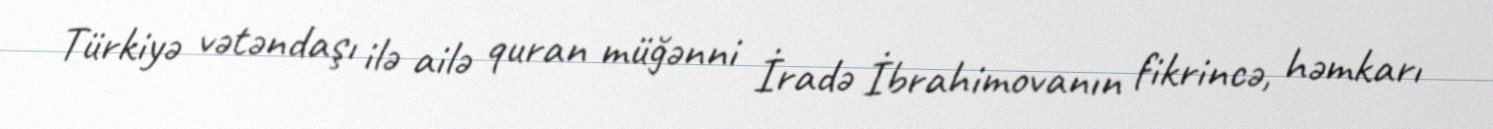
Türkiyə vətəndaşı ilə ailə quran müğənni İradə İbrahimovanın fikrincə, həmkarı